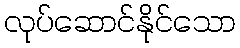
လုပ်ဆောင်နိုင်သော